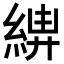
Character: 𦁰